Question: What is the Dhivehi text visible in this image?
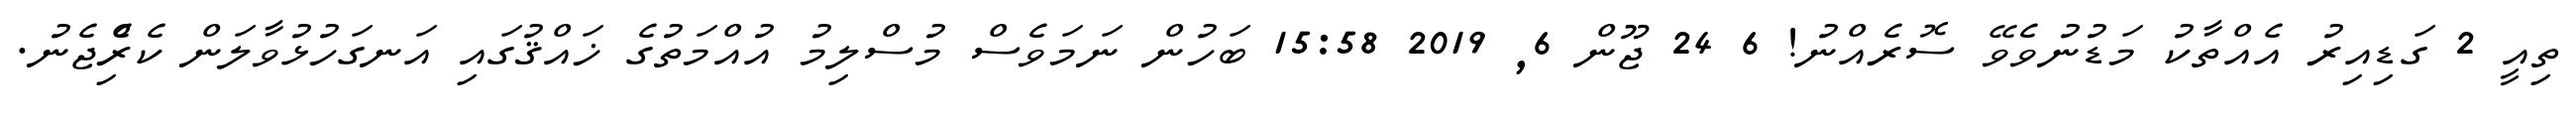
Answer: ތިއީ 2 ގަޑިއިރު އެއްތާކު މަޑުނުވެވޭ ސޮރެއްނު! 6 24 ޖޫން 6, 2019 15:58 ބަހުން ނަމަވެސް މުސްލިމު އުއްމަތުގެ ޚައްޤުގައި އަނގަހުޅުވާލަން ކެރިެްޖެނު.